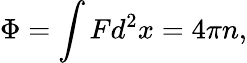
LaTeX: \Phi=\int Fd^{2}x=4\pi n,